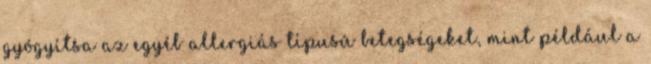
gyógyítsa az egyéb allergiás típusú betegségeket, mint például a